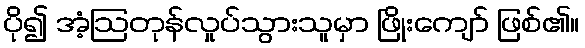
ပို၍ အံ့ဩတုန်လှုပ်သွားသူမှာ ဖြိုးကျော် ဖြစ်၏။